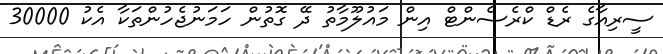
ސީރިއާގެ ރެޑް ކްރެސެންޓް އިން މައުލޫމާތު ދޭ ގޮތުން ހަމަނުޖެހުންތަކާ އެކު 30000